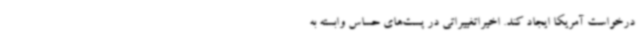
درخواست آمریکا ایجاد کند. اخیراتغییراتی در پست‌های حساس وابسته به